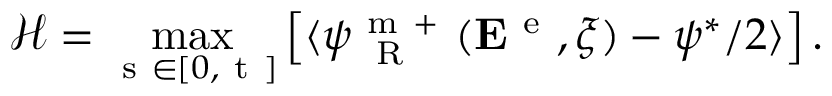
\mathcal { H } = \operatorname* { m a x } _ { \mathrm { ~ s ~ } \in \left[ 0 , \mathrm { ~ t ~ } \right] } \left[ \langle { \psi _ { \mathrm { ~ \tiny ~ R ~ } } ^ { \mathrm { ~ m ~ + ~ } } ( { \bf E } ^ { \mathrm { ~ e ~ } } , \xi ) - \psi ^ { * } / { 2 } } \rangle \right] .